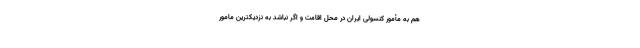
هم به مأمور کنسولی ایران در محل اقامت و اگر نباشد به نزدیکترین مامور